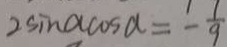
2 \sin \alpha \cos \alpha = - \frac { 1 } { 9 }